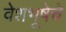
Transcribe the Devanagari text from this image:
वेशभूषेचे